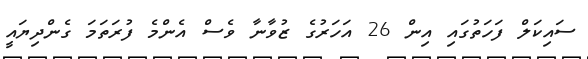
ސައިކަލް ފަހަތުގައި އިން 26 އަހަރުގެ ޒުވާނާ ވެސް އެންމެ ފުރަތަމަ ގެންދިޔައީ